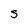
Character: s